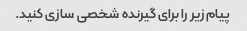
پیام زیر را برای گیرنده شخصی سازی کنید.